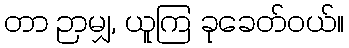
တာ ဉာမျှ, ယူကြ ခုခေတ်ဝယ်။